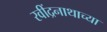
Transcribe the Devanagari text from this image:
रवींद्रनाथाच्या